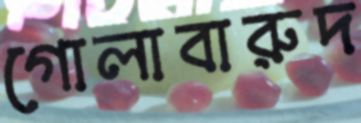
গোলাবারুদ